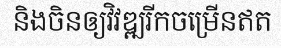
និងចិនឲ្យវិវឌ្ឍរីកចម្រើនឥត